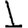
Digit: 1